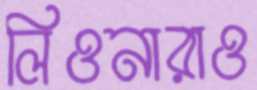
লিওনারাও